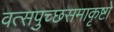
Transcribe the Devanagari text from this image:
वत्सपुच्छसमाकृष्टो